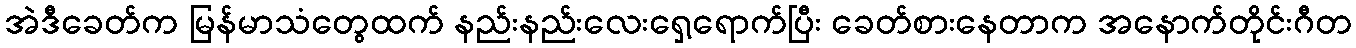
အဲဒီခေတ်က မြန်မာသံတွေထက် နည်းနည်းလေးရှေ့ရောက်ပြီး ခေတ်စားနေတာက အနောက်တိုင်းဂီတ